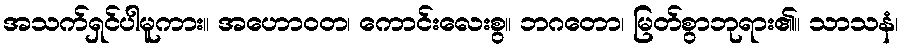
အသက်ရှင်ပါမူကား။ အဟောဝတ၊ ကောင်းလေးစွ။ ဘဂတော၊ မြတ်စွာဘုရား၏။ သာသနံ၊